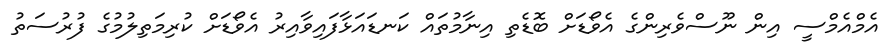
އެމްއެމްސީ އިން ނޫސްވެރިންގެ އެވޯޑަށް ބޮޑެތި އިނާމުތައް ކަނޑައަޅާފައިވާއިރު އެވޯޑަށް ކުރިމަތިލުމުގެ ފުރުސަތު